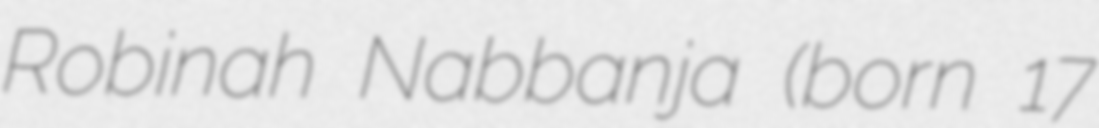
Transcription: Robinah Nabbanja (born 17